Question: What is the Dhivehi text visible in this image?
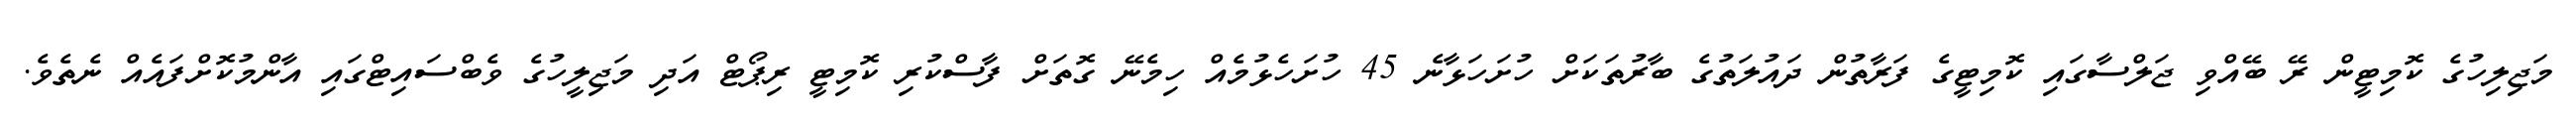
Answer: މަޖިލިހުގެ ކޮމިޓީން ރޭ ބޭއްވި ޖަލްސާގައި ކޮމިޓީގެ ފަރާތުން ދައުލަތުގެ ބާރުތަކަށް ހުށަހަޅާނެ 45 ހުށަހެޅުމެއް ހިމެނޭ ގޮތަށް ފާސްކުރި ކޮމިޓީ ރިޕޯޓް އަދި މަޖިލީހުގެ ވެބްސައިޓްގައި އާންމުކޮށްފައެއް ނެތެވެ.